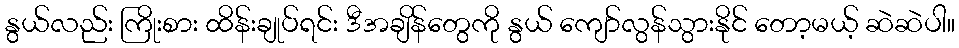
နွယ်လည်း ကြိုးစား ထိန်းချုပ်ရင်း ဒီအချိန်တွေကို နွယ် ကျော်လွန်သွားနိုင် တော့မယ့် ဆဲဆဲပါ။